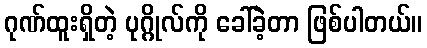
ဂုဏ်ထူးရှိတဲ့ ပုဂ္ဂိုလ်ကို ခေါ်ခဲ့တာ ဖြစ်ပါတယ်။